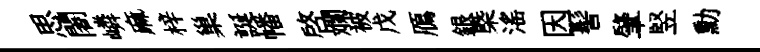
思闍嶙麻梓巢誕幡啓斕被戊鴈銀㮣滛因髻肇竪勳